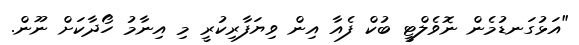
"އަޅުގަނޑުމެން ނޮވެލްޓީ ބުކް ފެއާ އިން ވިޔަފާރިކުރީ މި އިނާމު ހޯދާކަށް ނޫން.